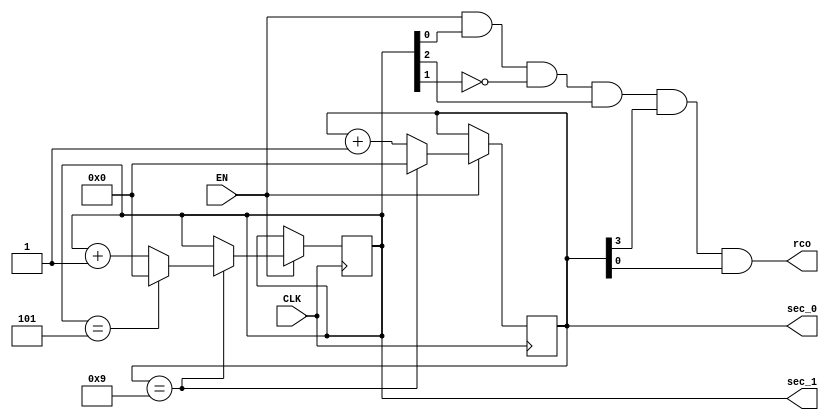
`timescale 1ns / 1ps
//////////////////////////////////////////////////////////////////////////////////
// Company: 
// Engineer: 
// 
// Design Name: 
// Module Name: clock_modules
// Project Name: 
// Target Devices: 
// Tool Versions: 
// Description: 
// 
// Dependencies: 
// 
// Revision:
// Revision 0.01 - File Created
// Additional Comments:
// 
//////////////////////////////////////////////////////////////////////////////////

module sec_generator(
    input wire CLK, EN,
    output reg [3:0] sec_0, 
    output reg [3:0] sec_1,
    output wire rco
);
assign rco = EN&sec_1[0]&~sec_1[1]&sec_1[2]&sec_0[3]&sec_0[0];
always @(posedge CLK)
begin
if(EN==1)
    if(sec_0==9)
    begin
        sec_0 <= 0;
        if(sec_1==5)
        begin
            sec_1 <= 0;
        end
        else
            sec_1 <= sec_1+1;
    end
    else 
        sec_0 <= sec_0+1;
end
endmodule

module min_generator(
    input wire CLK, EN,
    output reg [3:0] min_0,
    output reg [3:0] min_1,
    output wire rco
);
assign rco = EN&min_1[0]&~min_1[1]&min_1[2]&min_0[3]&min_0[0];
always @(posedge CLK)
begin
if(EN==1)
    if(min_0==9)
    begin
        min_0 <= 0;
        if(min_1==5)
        begin
            min_1 <= 0;
        end
        else
            min_1 <= min_1+1;
    end
    else
        min_0 <= min_0+1;
end
endmodule

module hour_generator(
   input wire CLK, EN,
   output reg [3:0] hour_0,
   output reg [3:0] hour_1,
   output wire rco
);
assign rco = EN&~hour_1[0]&hour_1[1]&hour_0[0]&hour_0[1];
always @(posedge CLK)
begin
if(EN==1)
   if(hour_0==9)
   begin
       hour_0 <= 0;
       hour_1 <= hour_1+1;
   end
   else if(hour_0==3)
   begin
        if(hour_1==2)
        begin
            hour_1 <= 0;
            hour_0 <= 0;
        end
        else hour_0 <= hour_0+1;
   end
   else hour_0 <= hour_0 + 1;
end
endmodule

module day_generator(
    input wire CLK, EN,
    output reg [3:0] day_0,
    output reg [3:0] day_1,
    output wire rco
);
assign rco = EN&day_1[1]&day_1[0]&~day_0[0]&~day_0[1];
always @(posedge CLK)
begin
if(day_0==0&&day_1==0)
begin
    day_0 <= 1;
    day_1 <= 0;
end
if(EN==1)
    if(day_0==9)
    begin
        day_0 <= 0;
        day_1 <= day_1+1;
    end
    else if(day_0==0)
    begin
        if(day_1==3)
        begin
            day_1 <= 0;
            day_0 <= 1;
        end
        else day_0 <= day_0+1;
    end
    else day_0 <= day_0 + 1;
end
endmodule

module mon_generator(
    input wire CLK, EN,
    output reg [3:0] mon_0,
    output reg [3:0] mon_1,
    output wire rco
);
assign rco = EN&mon_1[0]&~mon_1[1]&mon_0[1]&~mon_0[0];
always @(posedge CLK)
begin
if(mon_0==0&&mon_1==0)
begin
    mon_0 <= 1;
    mon_1 <= 0;
end
if(EN==1)
    if(mon_0==9)
    begin
        mon_0 <= 0;
        mon_1 <= mon_1+1;
    end
    else if(mon_0==2)
    begin
        if(mon_1==1)
        begin
            mon_0 <= 1;
            mon_1 <= 0;
        end
        else mon_0 <= mon_0+1;
     end
     else mon_0 <= mon_0+1;
end
endmodule

module year_generator(
    input wire CLK, EN,
    output reg [3:0] year_0,
    output reg [3:0] year_1,
    output reg [3:0] year_2,
    output reg [3:0] year_3
);
always @(posedge CLK)
if(EN==1)
    if(year_0==9)
    begin
        year_0 <= 0;
        if(year_1==9)
        begin
            year_1 <= 0;
            if(year_2==9)
            begin
                year_2 <= 0;
                year_3 <= year_3+1;
            end
            else year_2 <= year_2+1;
        end
        else year_1 <= year_1+1;
    end
    else
        year_0 <= year_0+1;
endmodule

module bcdTo7seg(
    input wire t0,t1,t2,t3,
    output wire a, b, c, d, e, f, g
);
   assign a = ~t3&~t2&~t1&t0
   | ~t3&t2&~t1&~t0
   | t3&t2&~t1&t0
   | t3&~t2&t1&t0;
   assign b = t2&t1&~t0
   | t3&t1&t0
   | ~t3&t2&~t1&t0
   | t3&t2&~t1&~t0;
   assign c = ~t3&~t2&t1&~t0
   | t3&t2&t1
   | t3&t2&~t0;
   assign d = ~t3&~t2&~t1&t0
   | ~t3&t2&~t1&~t0
   | t3&~t2&t1&~t0
   | t2&t1&t0;
   assign e = ~t3&t0
   | ~t3&t2&~t1
   | ~t2&~t1&t0;
   assign f = ~t3&~t2&t0
   | ~t3&~t2&t1
   | ~t3&t1&t0
   | t3&t2&~t1&t0;
   assign g = ~t3&~t2&~t1
   | t3&t2&~t1&~t0
   | ~t3&t2&t1&t0;
endmodule

module Ground(
    output wire o
);
    assign o = 0;
endmodule

module turn_3(
    input wire[3:0] in,
    output wire o0, o1, o2, o3
);
    assign o0 = in[0];
    assign o1 = in[1];
    assign o2 = in[2];
    assign o3 = in[3];
endmodule

module HIGH(
    output wire o
);
    assign o = 1;
endmodule

module select_153(
    input wire i0_0, i0_1, i0_2, i0_3,
    input wire i1_0, i1_1, i1_2, i1_3,
    input wire i2_0, i2_1, i2_2, i2_3,
    input wire i3_0, i3_1, i3_2, i3_3,
    input wire A, B,
    output reg [3:0] Y
);
always @(*)
if(A==0)
    if(B==0)
    begin
        Y[0] <= i0_0;
        Y[1] <= i1_0;
        Y[2] <= i2_0;
        Y[3] <= i3_0;
    end
    else
    begin
        Y[0] <= i0_1;
        Y[1] <= i1_1;
        Y[2] <= i2_1;
        Y[3] <= i3_1;
    end
else 
    if(B==0)
    begin
        Y[0] <= i0_2;
        Y[1] <= i1_2;
        Y[2] <= i2_2;
        Y[3] <= i3_2;
    end
    else
    begin
        Y[0] <= i0_3;
        Y[1] <= i1_3;
        Y[2] <= i2_3;
        Y[3] <= i3_3;
    end
endmodule

module NAND(
    input wire In0, In1,
    output wire o
);
    assign o = ~(In0&In1);
endmodule

module OR(
    input wire In0_0, In0_1, In1_0, In1_1, In2_0, In2_1, In3_0, In3_1,
    output wire o0, o1, o2, o3
);
    assign o0 = In0_0|In0_1;
    assign o1 = In1_0|In1_1;
    assign o2 = In2_0|In2_1;
    assign o3 = In3_0|In3_1;
endmodule

module NOT(
    input wire In,
    output wire o
);
    assign o = ~In;
endmodule

module two_clk(
    input wire clk1, clk2, sign,
    output wire clk
);
    assign clk = sign?clk1:clk2;
endmodule

module steper(
    input wire clk,
    output reg [1:0] Q
);
always @(posedge clk)
if(Q==3)
    Q <= 0;
else
    Q <= Q+1;
endmodule

module tran_2(
    input wire [1:0] in,
    output wire Q1, Q2
);
    assign Q1 = in[0];
    assign Q2 = in[1];
endmodule

module steper_3(
    input wire clk,
    output reg [1:0] o
);
always @(posedge clk)
if(o==2)
    o <= 0;
else
    o <= o+1;
endmodule

module data_chooser(
    input wire in0, in1,
    input wire [3:0] ar0, ar1, ar2, ar3,
    output reg [3:0] Y
);
always @(*)
if(in0==0)
    if(in1==0)
        Y <= ar0;
    else
        Y <= ar2;
else
    if(in1==0)
        Y <= ar1;
    else 
        Y <= ar3;
endmodule

module turn_4(
    input wire [3:0] In,
    output wire x0, x1, x2, x3
);
    assign x0 = In[0];
    assign x1 = In[1];
    assign x2 = In[2];
    assign x3 = In[3];
endmodule

module one_or(
    input wire i0, i1,
    output wire o, spc
);
    assign o = i0|i1;
    assign spc = i0&~i1;
endmodule

module five_or(
    input wire i0_0, i0_1, i1_0, i1_1, i2_0, i2_1,
    input wire i3_0, i3_1, i4_0, i4_1,
    output wire Y0, Y1, Y2, Y3, Y4
);
    assign Y0 = i0_0|i0_1;
    assign Y1 = i1_0|i1_1;
    assign Y2 = i2_0|i2_1;
    assign Y3 = i3_0|i3_1;
    assign Y4 = i4_0|i4_1;
endmodule

module clock_chooser(
    input wire click, mo_0, mo_1, CLK, Y0, Y1, Y2, Y3,
    output wire sec_clk, min_clk, hour_clk, day_clk, mon_clk, year_clk
);
    assign sec_clk = (~mo_0 & ~mo_1 & CLK)| (mo_0 & ~mo_1 & ~Y0 & click);
    assign min_clk = (~mo_0 & ~mo_1 & CLK)| (mo_0 & ~mo_1 & ~Y1 & click) | (~mo_0 & mo_1 & ~Y0 & click);
    assign hour_clk = (~mo_0 & ~mo_1 & CLK)| (~mo_0 & mo_1 & ~Y1 &click);
    assign day_clk = (~mo_0 & ~mo_1 & CLK)| (mo_0 & ~mo_1 & ~Y2 & click);
    assign mon_clk = (~mo_0 & ~mo_1 & CLK)| (~mo_0 & mo_1 & ~Y2 & click);
    assign year_clk = (~mo_0 & ~mo_1 & CLK)| (mo_0 & ~mo_1 & ~Y3 & click) | (~mo_0 & mo_1 & ~Y3 & click);
endmodule

module alink(
    input wire CLK,
    output reg state
);
always @(posedge CLK)
state <= ~state;
endmodule